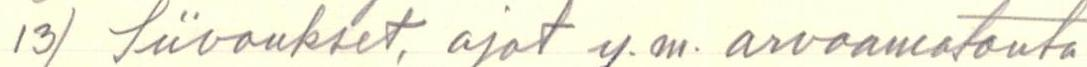
13) Siivoukset, ajot y.m. arvaamatonta